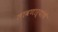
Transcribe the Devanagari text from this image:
लावणाऱ्यांचे